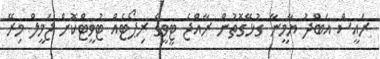
ރައީސް އަބްދު ޔާމީނާ ގުޅޭގޮތުން ރާއްޖެ ޓީވީގެ ރިޕޯޓެއް ޓުވީޓްކޮށް ޖަމީލް މިރޭ